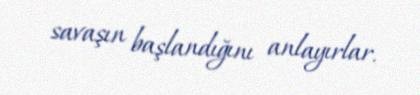
savaşın başlandığını anlayırlar.